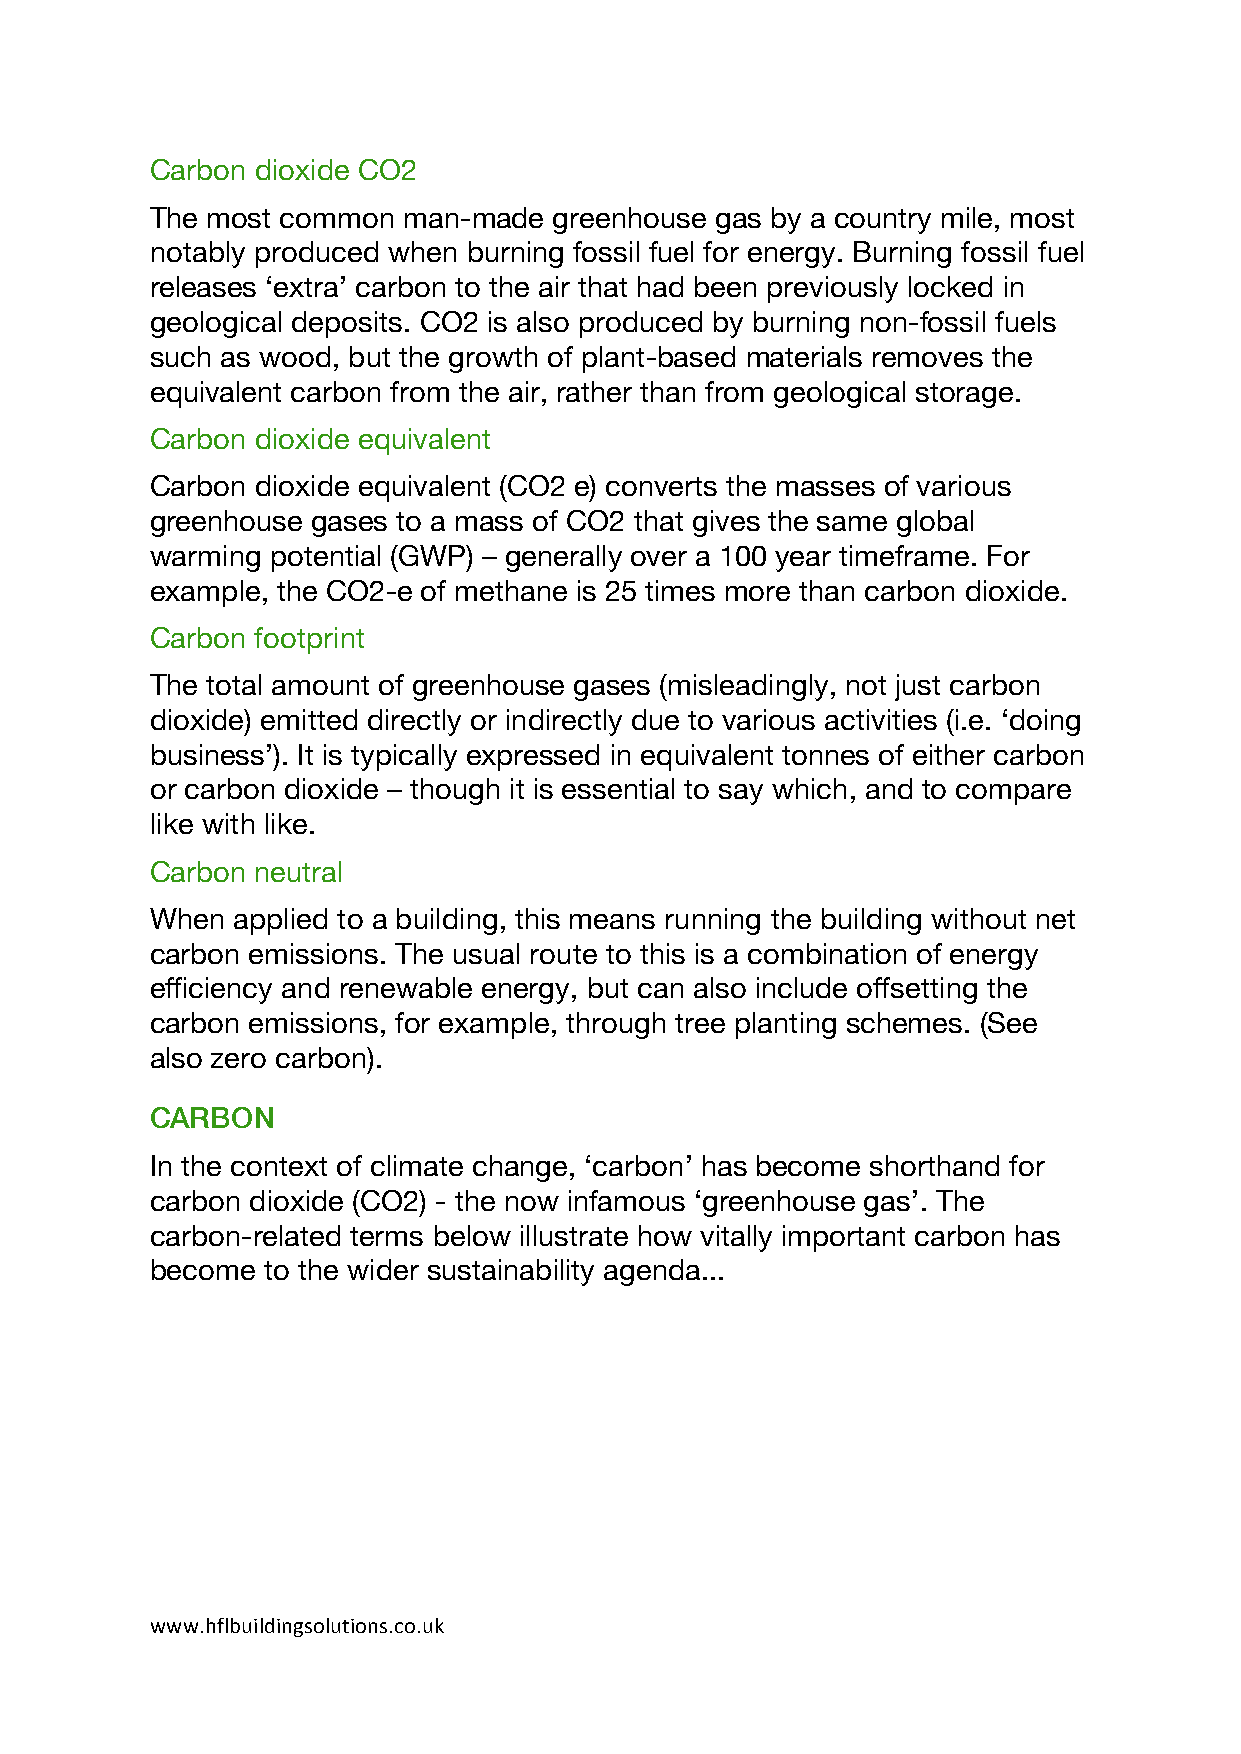
Carbon dioxide CO2
 The most common  man-made  greenhouse gas by a country mile, most
 notably produced when burning fossil fuel for energy. Burning fossil fuel
 releases ‘extra’ carbon to the air that had been previously locked in
 geological deposits. CO2 is also produced by burning non-fossil fuels
 such as wood, but the growth of plant-based materials removes the
 equivalent carbon from the air, rather than from geological storage.
 Carbon dioxide equivalent
 Carbon dioxide equivalent (CO2 e) converts the masses of various
 greenhouse gases to a mass of CO2 that gives the same global
 warming potential (GWP) – generally over a 100 year timeframe. For
 example, the CO2-e of methane is 25 times more than carbon dioxide.
 Carbon footprint
 The total amount of greenhouse gases (misleadingly, not just carbon
 dioxide) emitted directly or indirectly due to various activities (i.e. ‘doing
 business’). It is typically expressed in equivalent tonnes of either carbon
 or carbon dioxide – though it is essential to say which, and to compare
 like with like.
 Carbon neutral
 When applied to a building, this means running the building without net
 carbon emissions. The usual route to this is a combination of energy
 efficiency and renewable energy, but can also include offsetting the
 carbon emissions, for example, through tree planting schemes. (See
 also zero carbon).
 CARBON
 In the context of climate change, ‘carbon’ has become shorthand for
 carbon dioxide (CO2) - the now infamous ‘greenhouse gas’. The
 carbon-related terms below illustrate how vitally important carbon has
 become to the wider sustainability agenda...
 www.hflbuildingsolutions.co.uk